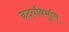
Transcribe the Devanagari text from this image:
हृदयविभूति